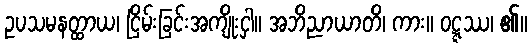
ဥပသမနတ္ထာယ၊ ငြိမ်းခြင်းအကျိုးငှါ။ အဘိညာယာတိ၊ ကား။ ဝဋ္ဋဿ၊ ၏။